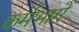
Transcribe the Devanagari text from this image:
कर्मभागें